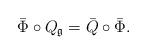
LaTeX: \begin{align*} \Bar\Phi\circ Q_\mathfrak{g} =\Bar{Q}\circ\Bar\Phi.\end{align*}